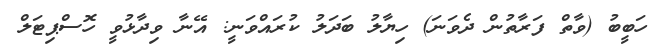
ހަބީބު (ވާތް ފަރާތުން ދެވަނަ) ހިޔާލު ބަދަލު ކުރައްވަނީ: އޭނާ ވިދާޅުވީ ހޮސްޕިޓަލް